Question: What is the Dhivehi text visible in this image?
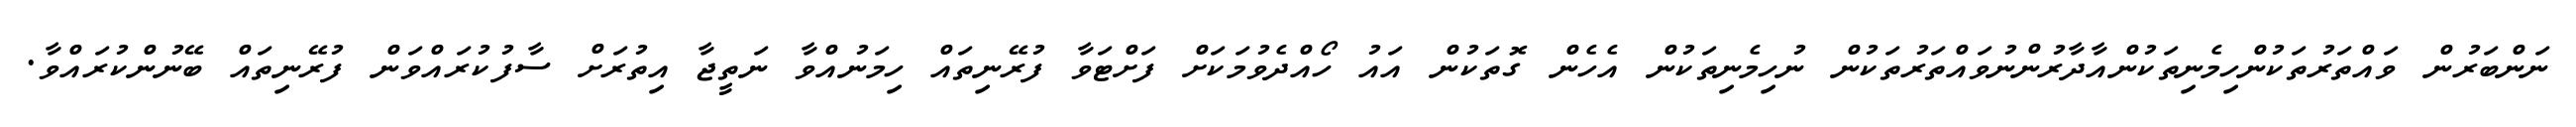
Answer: ނަންބަރުން ވައްތަރުތަކުންހިމެނިތަކުންއާދާރުންނުވައްތަރުތަކުން ނުހިމެނިތަކުން އެހެން ގޮތަކުން އައު ހޯއްދެވުމަކަށް ފަށްޓަވާ ފުރޭނިތައް ހިމަނުއްވާ ނަތީޖާ އިތުރަށް ސާފުކުރައްވަން ފުރޭނިތައް ބޭނުންކުރައްވާ.